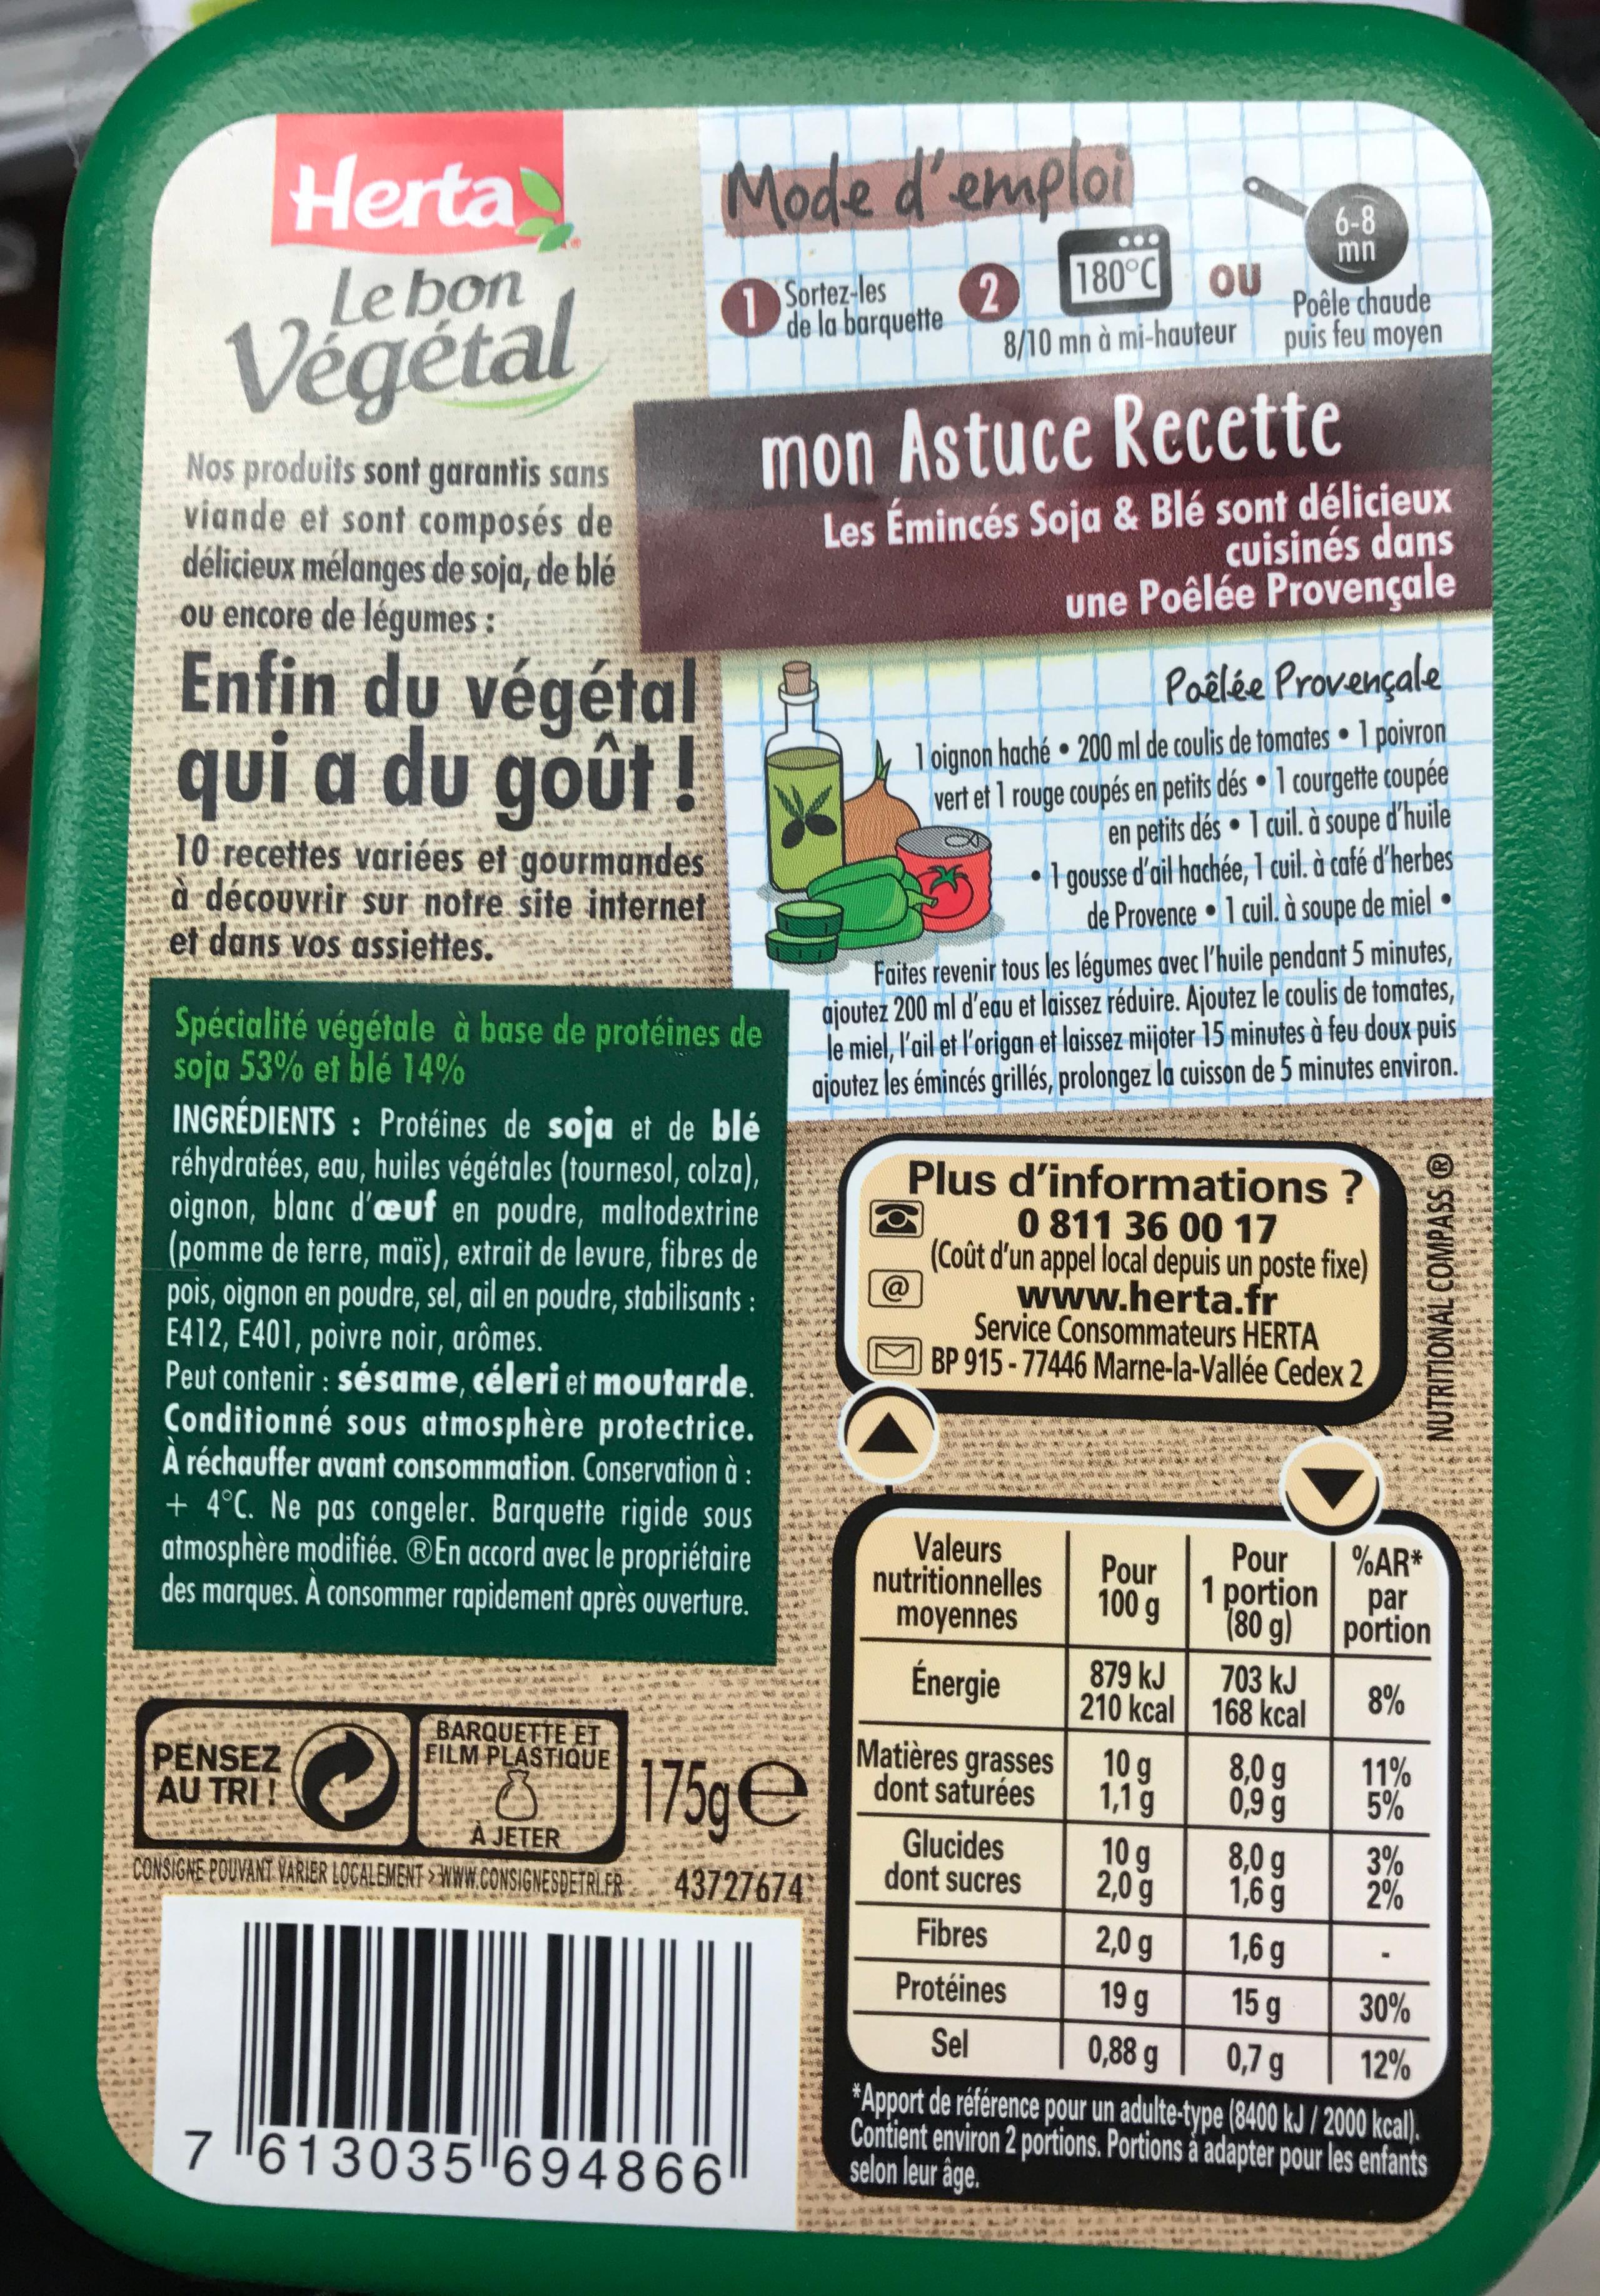
MAY
NA
43
**
**
A
Herta Le bon
Végétal
Nos produits sont garantis sans viande et sont composés de délicieux mélanges de soja, de blé ou encore de légumes:
Enfin du végétal qui a du goût!
ww
10 recettes variées et gourmandes à découvrir sur notre site internet et dans vos assiettes.
Mode d'emploi
Sortez-les de la barquette
2
Spécialité végétale à base de protéines de soja 53% et blé 14%
INGRÉDIENTS: Protéines de soja et de blé réhydratées, eau, huiles végétales (tournesol, colza), oignon, blanc d'œuf en poudre, maltodextrine (pomme de terre, maïs), extrait de levure, fibres de pois, oignon en poudre, sel, ail en poudre, stabilisants : E412, E401, poivre noir, arômes.
Peut contenir : sésame, céleri et moutarde. Conditionné sous atmosphère protectrice. À réchauffer avant consommation. Conservation à : + 4°C. Ne pas congeler. Barquette rigide sous atmosphère modifiée. En accord avec le propriétaire des marques. A consommer rapidement après ouverture.
PENSEZ AU TRIE
w
7 613035 694866
mon Astuce Recette
Les Émincés Soja & Blé sont délicieux cuisinés dans une Poêlée Provençale
BARQUETTE ET FILM PLASTIQUE
&
175ge
A JETER
CONSIGNE POUVANT VARIER LOCALEMENT>WWW.CONSIGNESDETRLER 43727674
one with
WWW
M
180°C OU
8/10 mn à mi-hauteur
Faites revenir tous les légumes avec l'huile pendant 5 minutes, ajoutez 200 ml d'eau et laissez réduire. Ajoutez le coulis de tomates, le miel, l'ail et l'origan et laissez mijoter 15 minutes à feu doux puis ajoutez les émincés grillés, prolongez la cuisson de 5 minutes environ.
m
AM
***
Poêlée Provençale
1 oignon haché
200 ml de coulis de tomates 1 poivron
●
vert et 1 rouge coupés en petits dés 1 courgette coupée
en petits dés 1 cuil. à soupe d'huile
●
1 gousse d'ail hachée, 1 cuil. à café d'herbes
de Provence 1 cuil. à soupe de miel
Valeurs nutritionnelles
moyennes
Énergie
Plus d'informations ? 0 811 36 00 17 (Coût d'un appel local depuis un poste fixe) www.herta.fr
Service Consommateurs HERTA
BP 915-77446 Marne-la-Vallée Cedex 2
Matières grasses dont saturées
Glucides dont sucres
Fibres
Protéines
Sel
Poêle chaude
puis feu moyen
Pour 100 g
879 kJ
210 kcal
10 g
1,1 g
6-8
mn
D
Pour 1 portion
(80 g)
703 kJ
168 kcal
8,0 g
0,9 g
10 g
2,0 g
2,0 g
1,6 g
19 g 15 g
0,88 g
8,0 g
1,6 g
04
Show
w
ww
A
NUTRITIONAL COMPASS Ⓡ
Sa
3%
2%
ERO
%AR* par portion
8%
11%
5%
30%
0,7 g 12%
*Apport de référence pour un adulte-type (8400 kJ/2000 kcal). Contient environ 2 portions. Portions à adapter pour les enfants selon leur âge.
Se
25*
***
****
AC
***
e
***
989
d
RAN
R 19
* ING
www.to
2NA NAU
WON
****
*
Vive